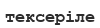
тексеріле